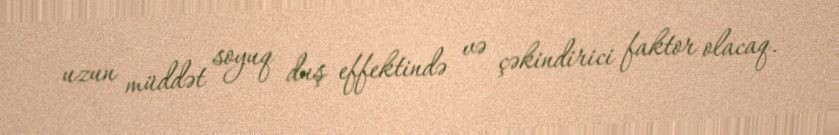
uzun müddət soyuq duş effektində və çəkindirici faktor olacaq.